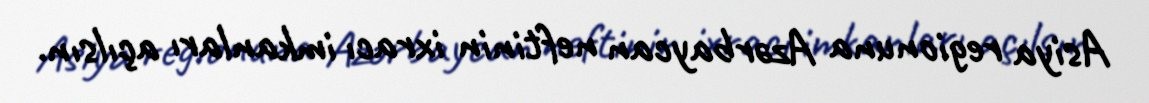
Asiya regionuna Azərbaycan neftinin ixracı imkanları açılsın.